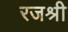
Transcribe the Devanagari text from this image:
रजश्री